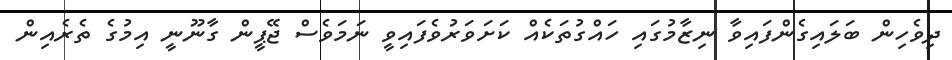
ދިވެހިން ބަލައިގެންފައިވާ ނިޒާމުގައި ހައްގުތަކެއް ކަށަވަރުވެފައިވީ ނަމަވެސް ޖޭޕީން ގާނޫނީ އިމުގެ ތެރެއިން